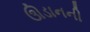
ઊડાનની